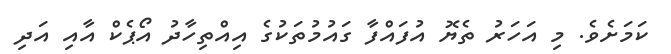
ކަމަށެވެ. މި އަހަރު ތެޔޮ އުފައްފާ ގައުމުތަކުގެ އިއްތިހާދު އޯޕެކް އާއި އަދި